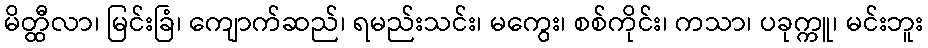
မိတ္ထီလာ၊ မြင်းခြံ၊ ကျောက်ဆည်၊ ရမည်းသင်း၊ မကွေး၊ စစ်ကိုင်း၊ ကသာ၊ ပခုက္ကူ၊ မင်းဘူး